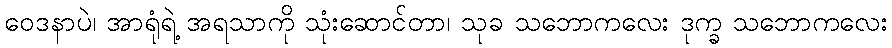
ဝေဒနာပဲ၊ အာရုံရဲ့ အရသာကို သုံးဆောင်တာ၊ သုခ သဘောကလေး ဒုက္ခ သဘောကလေး